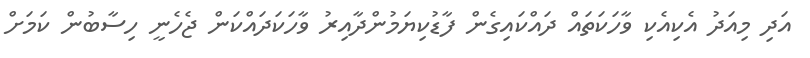
އަދި މިއަދު އެކިއެކި ވާހަކަތައް ދައްކައިގެން ފާޑުކިޔަމުންދާއިރު ވާހަކަދައްކަން ޖެހެނީ ހިސާބުން ކަމަށް